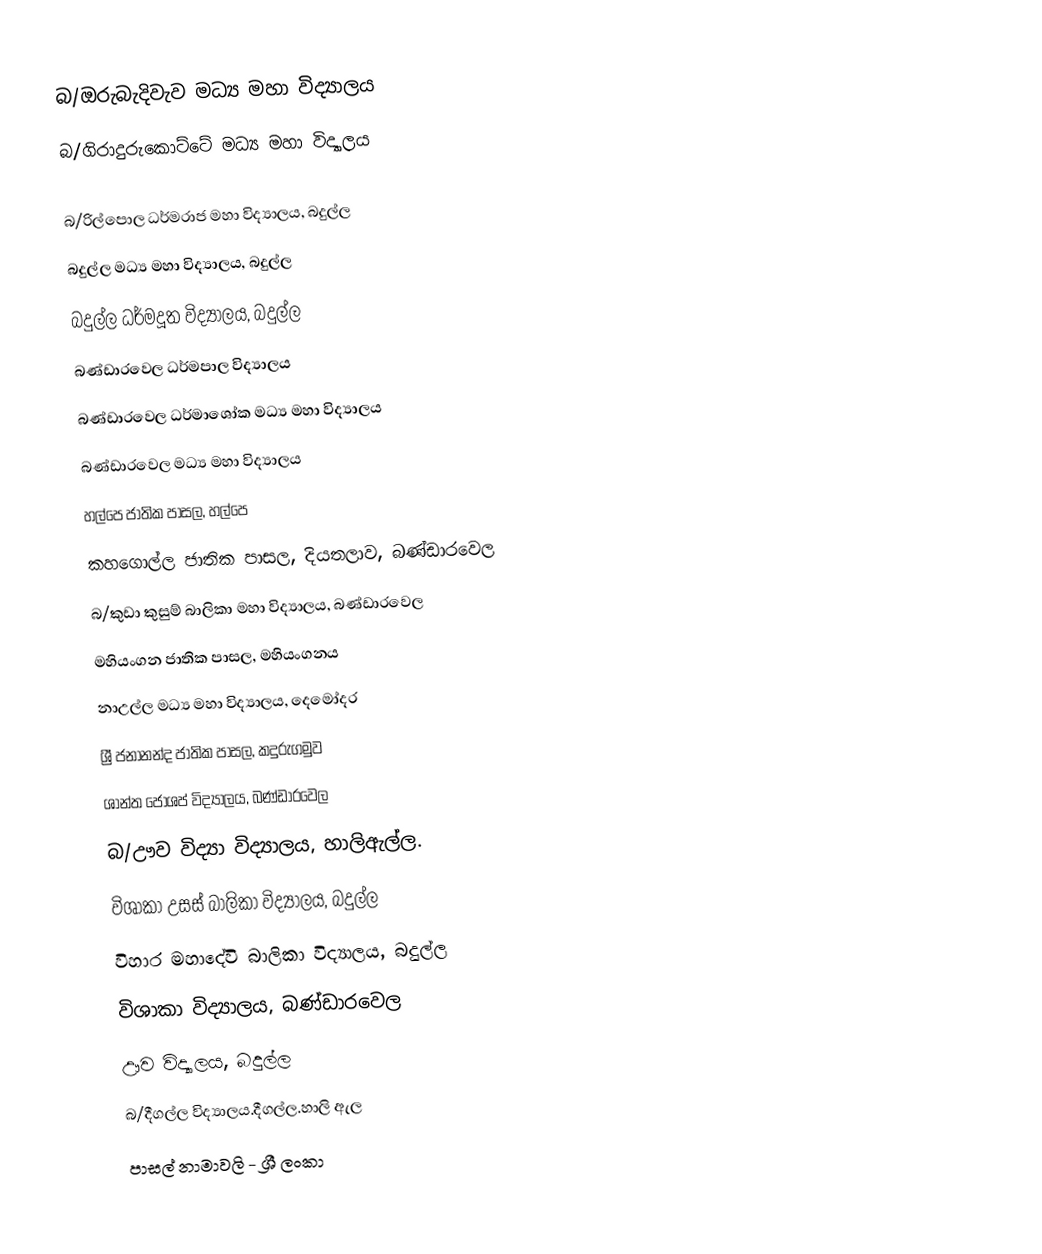
බ/ඔරුබැදිවැව මධ්‍ය මහා විද්‍යාලය
 බ/ගිරාදුරුකොට්ටේ මධ්‍ය මහා විද්‍යාලය

 බ/රිල්පොල ධර්මරාජ මහා විද්‍යාලය, බදුල්ල
 බදුල්ල  මධ්‍ය මහා විද්‍යාලය, බදුල්ල
 බදුල්ල ධර්මදූත විද්‍යාලය, බදුල්ල
 බණ්ඩාරවෙල ධර්මපාල විද්‍යාලය
 බණ්ඩාරවෙල ධර්මාශෝක මධ්‍ය මහා විද්‍යාලය
 බණ්ඩාරවෙල මධ්‍ය මහා විද්‍යාලය
 හල්පෙ ජාතික පාසල, හල්පෙ
 කහගොල්ල ජාතික පාසල, දියතලාව, බණ්ඩාරවෙල
 බ/කුඩා කුසුම් බාලිකා මහා විද්‍යාලය, බණ්ඩාරවෙල
 මහියංගන ජාතික පාසල, මහියංගනය
 නාඋල්ල මධ්‍ය මහා විද්‍යාලය, දෙමෝදර
 ශ්‍රී ජනානන්ද ජාතික පාසල, කදුරුගමුව
 ශාන්ත ජෝශප් විද්‍යාලය, බණ්ඩාරවෙල
 බ/ඌව විද්‍යා විද්‍යාලය, හාලිඇල්ල.
 විශාකා උසස් බාලිකා විද්‍යාලය, බදුල්ල
 විහාර මහාදේවි බාලිකා විද්‍යාලය, බදුල්ල
 විශාකා විද්‍යාලය, බණ්ඩාරවෙල
 ඌව විද්‍යාලය, බදුල්ල
 බ/දීගල්ල විද්‍යාලය.දීගල්ල.හාලි ඇල
පාසල් නාමාවලි - ශ්‍රී ලංකා